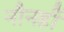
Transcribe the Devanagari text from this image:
नौनहीं